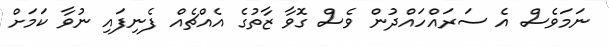
ނަމަވެސް އެ ސަރައްހައްދުން ވެސް ގޮވާ ޒާތުގެ އެއްޗެއް ފެނިފައި ނުވާ ކަމަށް